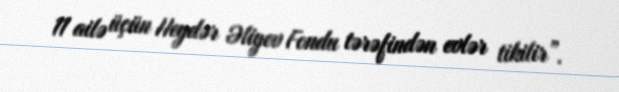
11 ailə üçün Heydər Əliyev Fondu tərəfindən evlər tikilir”.